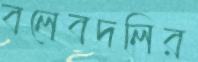
বলেবদলির